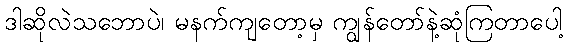
ဒါဆိုလဲသဘောပဲ၊ မနက်ကျတော့မှ ကျွန်တော်နဲ့ဆုံကြတာပေါ့